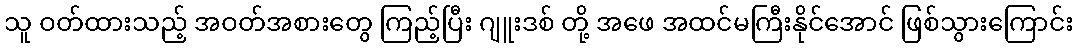
သူ ဝတ်ထားသည့် အဝတ်အစားတွေ ကြည့်ပြီး ဂျူးဒစ် တို့ အဖေ အထင်မကြီးနိုင်အောင် ဖြစ်သွားကြောင်း